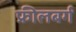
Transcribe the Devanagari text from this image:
फ्रीलबर्ग